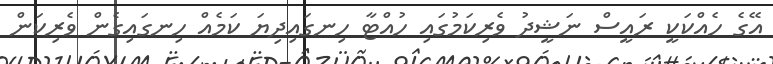
އޭގެ ހެއްކަކީ ރައީސް ނަޝީދު ވެރިކަމުގައި ހުއްޓާ ހިނގައިދިޔަ ކަމެއް ހިނގައިގެން ވެރިކަން